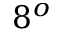
8 ^ { o }